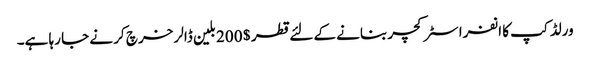
ورلڈ کپ کا انفرا سٹرکچر بنانے کے لئے قطر $ 200 بلین ڈالر خرچ کر نے جا رہا ہے۔